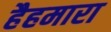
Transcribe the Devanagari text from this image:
हैहमारा